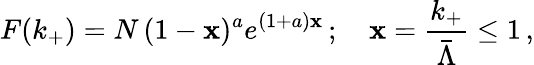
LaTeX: F(k_{+})=N\, (1-\mathbf{x})^{a}e^{(1+a)\mathbf{x}}\, ;\quad\mathbf{x}=\frac{{k_{+}}}{{\bar{{\Lambda}}}}\le1\, ,